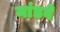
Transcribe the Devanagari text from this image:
मांडवे